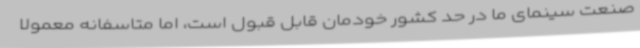
صنعت سینمای ما در حد کشور خودمان قابل قبول است، اما متاسفانه معمولا